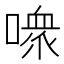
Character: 𪢊